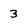
Character: 3